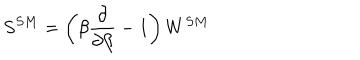
S ^ { S M } = \left( \beta { \frac { \partial } { \partial \beta } } - 1 \right) W ^ { S M }